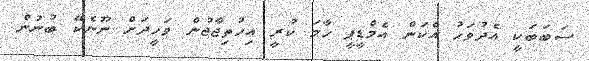
ސަބަބަކީ އެދުވަހު އެކަން އެމްޑީޕީ ހާމަ ކުރީ އިހުތިޖާޖުން ވަހީދަށް ނޫނެކޭ ބުނުން